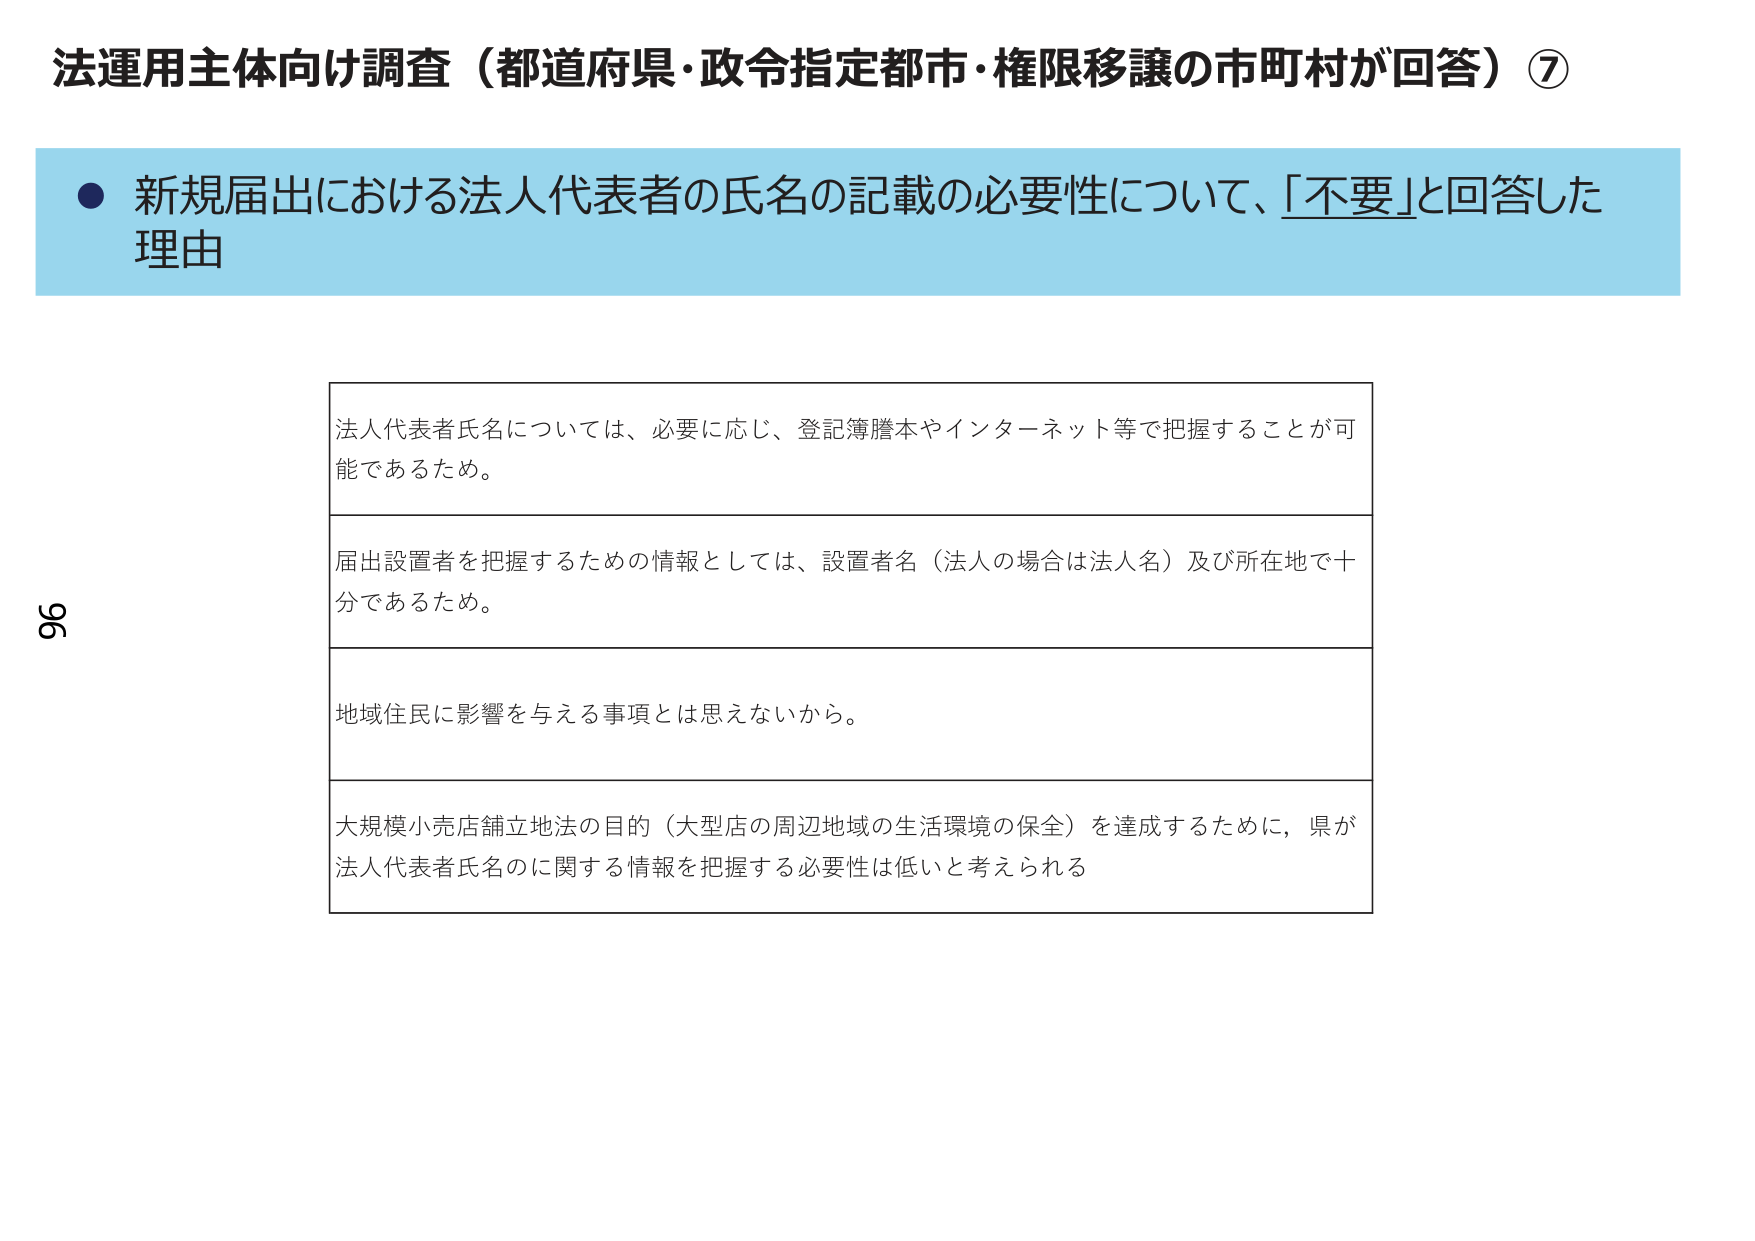
法運用主体向け調査（都道府県・政令指定都市・権限移譲の市町村が回答）⑦

● 新規届出における法人代表者の氏名の記載の必要性について、「不要」と回答した理由

法人代表者氏名については、必要に応じ、登記簿謄本やインターネット等で把握することが可能であるため。

届出設置者を把握するための情報としては、設置者名（法人の場合は法人名）及び所在地で十分であるため。

地域住民に影響を与える事項とは思えないから。

大規模小売店舗立地法の目的（大型店の周辺地域の生活環境の保全）を達成するために、県が法人代表者氏名に関する情報を把握する必要性は低いと考えられる

96